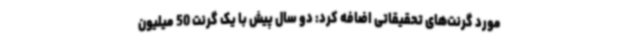
مورد گرنت‌های تحقیقاتی اضافه کرد: دو سال پیش با یک گرنت 50 میلیون